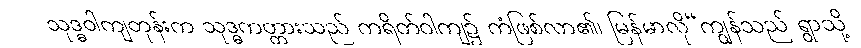
သုဒ္ဓဝါကျတုန်းက သုဒ္ဓကတ္တားသည် ကရိတ်ဝါကျ၌ ကံဖြစ်လာ၏၊ မြန်မာလို“ကျွန်သည် ရွာသို့